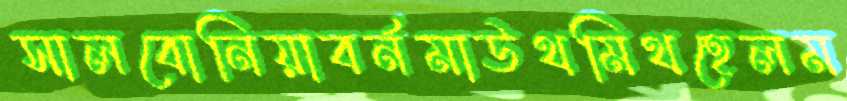
সালবোনিয়াবর্নমাউথমিথহেলম